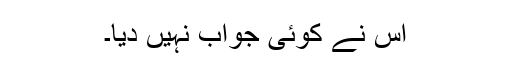
اس نے کوئی جواب نہیں دیا۔